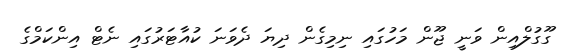
ގޫގުލްއިން ވަނީ ޖޫން މަހުގައި ނިމިގެން ދިޔަ ދެވަނަ ކުއާޓަރުގައި ނެޓް އިންކަމްގެ